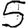
Digit: 5